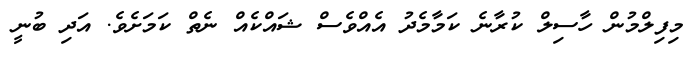
މިފިލްމުން ހާސިލް ކުރާނެ ކަމާމެދު އެއްވެސް ޝައްކެއް ނެތް ކަމަށެވެ. އަދި ބުނީ